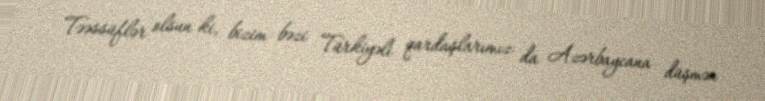
Təəssüflər olsun ki, bizim bəzi Türkiyəli qardaşlarımız da Azərbaycana düşmən